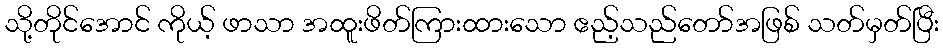
သို့တိုင်အောင် ကိုယ့် ဖာသာ အထူးဖိတ်ကြားထားသော ဧည့်သည်တော်အဖြစ် သတ်မှတ်ပြီး